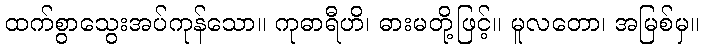
ထက်စွာသွေးအပ်ကုန်သော။ ကုဓာရီဟိ၊ ဓားမတို့ဖြင့်။ မူလတော၊ အမြစ်မှ။